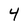
Character: 4